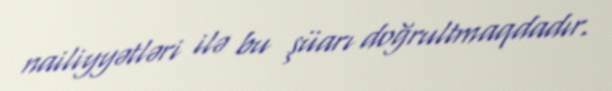
nailiyyətləri ilə bu şüarı doğrultmaqdadır.